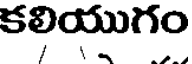
కలియుగం